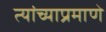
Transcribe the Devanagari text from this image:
त्यांच्याप्रमाणे